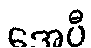
အေပီ